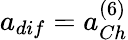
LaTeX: a_{dif}=a_{Ch}^{(6)}